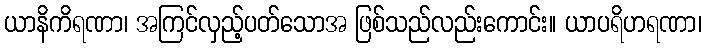
ယာနိကိရဏာ၊ အကြင်လှည့်ပတ်သောအ ဖြစ်သည်လည်းကောင်း။ ယာပရိဟရဏာ၊